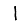
Digit: 1